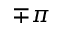
\mp \pi